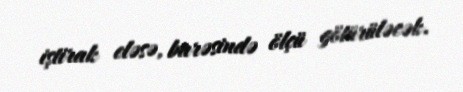
iştirak eləsə, barəsində ölçü götürüləcək.